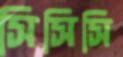
সিসিসি